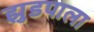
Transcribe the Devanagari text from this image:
झुडपाला